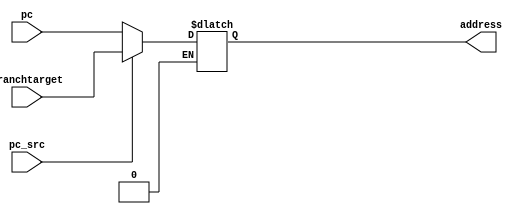
`timescale 1ns / 1ps
//////////////////////////////////////////////////////////////////////////////////
// Company: 
// Engineer: 
// 
// Design Name: 
// Module Name:    MUX 
// Project Name: 
// Target Devices: 
// Tool versions: 
// Description: 
//
// Dependencies: 
//
// Revision: 
// Revision 0.01 - File Created
// Additional Comments: 
//
//////////////////////////////////////////////////////////////////////////////////
module MUX(input [31:0] pc , input [31:0] branchtarget , input pc_src , output reg [31:0] address);
	
	always @(pc_src or pc or branchtarget)
	      begin
			
			//address = pcSource ? branchTarget : pc;
			if (pc_src == 1)
				address = branchtarget;
			if (pc_src == 0)
				address = pc;
				  
			end

endmodule